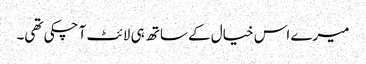
میرے اس خیال کے ساتھ ہی لائٹ آ چکی تھی۔